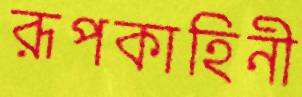
রূপকাহিনী